Report of the Imperial Institute of Veterinary Research, Muktesar
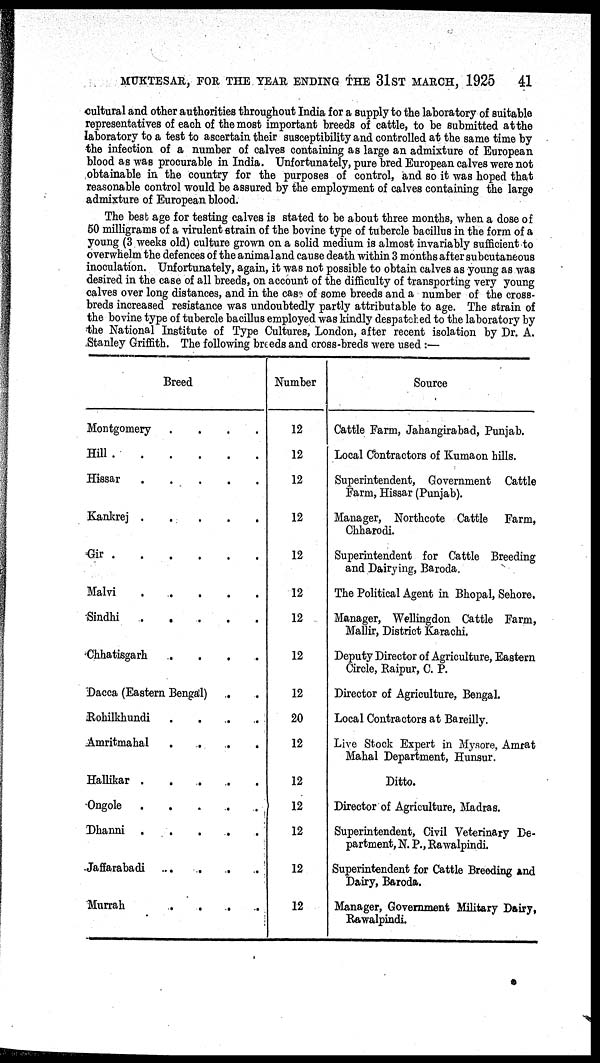
MUKTESAR, FOR THE YEAR ENDING THE 31ST MARCH, 1925
41
cultural and other authorities throughout India for a supply to the laboratory of suitable
representatives of each of the most important breeds of cattle, to be submitted at the
laboratory to a test to ascertain their susceptibility and controlled at the same time by
the infection of a number of calves containing as large an admixture of European
blood as was procurable in India. Unfortunately, pure bred European calves were not
obtainable in the country for the purposes of control, and so it was hoped that
reasonable control would be assured by the employment of calves containing the large
admixture of European blood.
The best age for testing calves is stated to be about three months, when a dose of
50 milligrams of a virulent strain of the bovine type of tubercle bacillus in the form of a
young (3 weeks old) culture grown on a solid medium is almost invariably sufficient to
overwhelm the defences of the animal and cause death within 3 months after subcutaneous
inoculation. Unfortunately, again, it was not possible to obtain calves as young as was
desired in the case of all breeds, on account of the difficulty of transporting very young
calves over long distances, and in the case of some breeds and a number of the cross¬
breds increased resistance was undoubtedly partly attributable to age. The strain of
the bovine type of tubercle bacillus employed was kindly despatched to the laboratory by
the National Institute of Type Cultures, London, after recent isolation by Dr. A.
Stanley Griffith. The following breeds and cross-breds were used :—
Breed
Montgomery
....
Hill
Hissar
Kankrej
Gir
Malvi
Sindhi
.......
Chhatisgarh
.....
Dacca (Eastern Bengal)
.
Rohilkhundi
Amritmahal
....
Hallikar
Ongole
......
Dhanni
Jaffarabadi
Murrah
....
Number
12
12
12
12
12
12
12
12
12
20
12
12
12
12
12
12
Source
Cattle Farm, Jahangirabad, Punjab.
Local Contractors of Kumaon hills.
Superintendent, Government Cattle
Farm, Hissar (Punjab).
Manager, Northcote Cattle Farm,
Chharodi.
Superintendent for Cattle Breeding
and Dairying, Baroda.
The Political Agent in Bhopal, Sehore,
Manager, Wellingdon Cattle Farm,
Mallir, District Karachi.
Deputy Director of Agriculture, Eastern
Circle, Raipur, C. P.
Director of Agriculture, Bengal.
Local Contractors at Bareilly.
Live Stock Expert in Mysore, Amrat
Mahal Department, Hunsur.
Ditto.
Director of Agriculture, Madras.
Superintendent, Civil Veterinary De-
partment, N. P.,Rawalpindi.
Superintendent for Cattle Breeding and
Dairy, Baroda.
Manager, Government Military Dairy,
Rawalpindi.